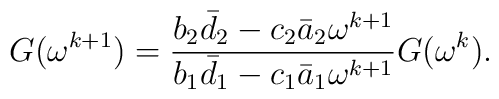
G(\omega^{k+1}) =\frac{b_{2}\bar{d}_{2}-c_{2}\bar{a}_{2}\omega^{k+1}}{b_{1}\bar{d}_{1}-c_{1}\bar{a}_{1}\omega^{k+1}} G(\omega^{k}).